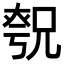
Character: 𪥚